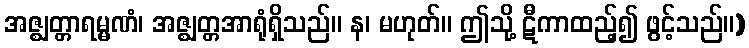
အဇ္ဈတ္တာရမ္မဏံ၊ အဇ္ဈတ္တအာရုံရှိသည်။ န၊ မဟုတ်။ ဤသို့ ဋီကာထည့်၍ ဖွင့်သည်။)